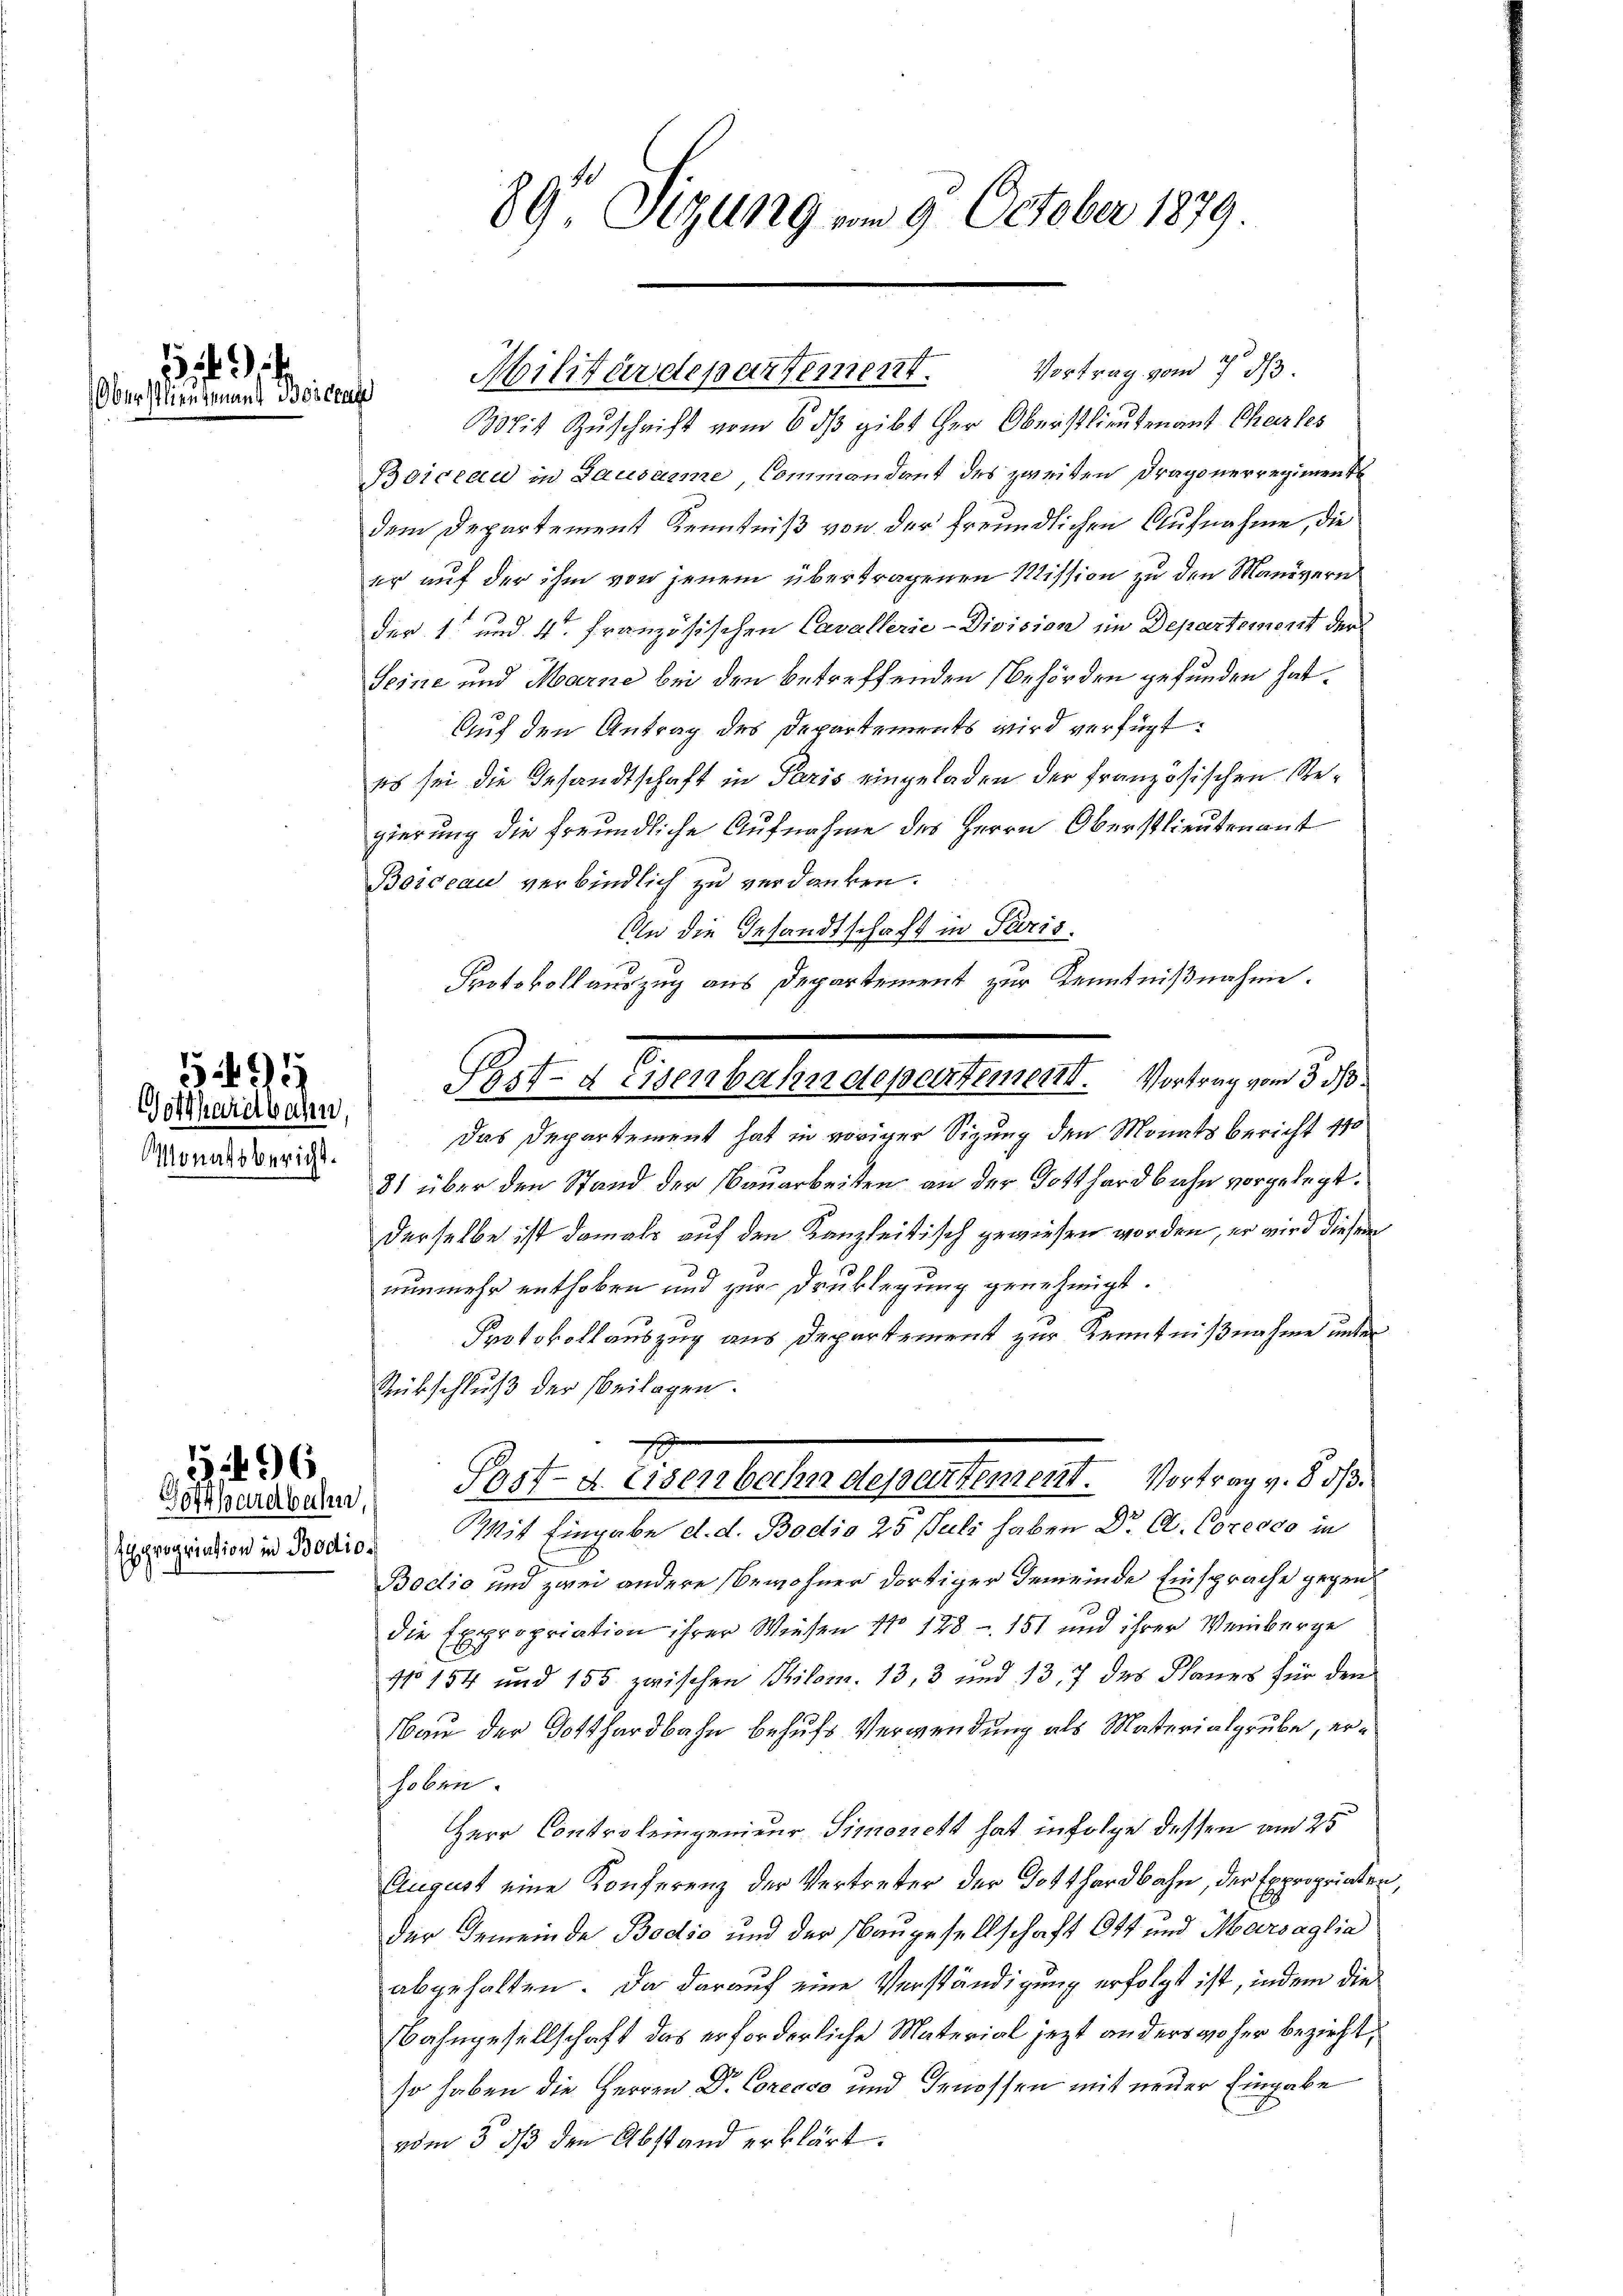
Oberstlieutenant Boscende

Gotthardbahn,
Monatsbericht.

t

594

1 696.

Vortrag vom 7. ds.
Militärdepartement.

89 Sizung am 9. October 1879.

Post- & Eisenbahndepartement. Vortrag vom 3. ds.

Mit Zuschrift vom 6. ds gibt Her Oberstlieutenant Charles
Boiceau in Dacesarme Commandant des zweiten Dragonerregiment
dem Departement Kenntniß von der freundlichen Aufnahme, die
er auf der ihm von jenem übertragenen Mission zu den Manövern
der 1 und 4. Französischen Cavallerie-Division im Departement der
Seine und Marne bei den betreffenden Behörden gefunden hat.
Auf den Antrag des Departements wird verfügt:
es sei die Gesandtschaft in Paris eingeladen der französischen Regierung die freundliche Aufnahme des Herrn Oberstlieutenant
Boideau verbindlich zu verdanken.
An die Gesandtschaft in Paris.
Protokollauszug aus Departement zur Kenntnißnahme.
Das Departement hat in voriger Sizung den Monatsbericht 110
81 über den Stand der Bauarbeiten an der Gotthardbahn vorgelegt.
derselbe ist damals auf den Kanzleitisch gewiesen worden, er wird diesem
nunmehr enthoben und zur Druklegung genehmigt.
Protokollauszug aus Departement zur Kenntnißnahme unter
Rübschluß der Beilagen.
Busserdenten Post- u. Eisenbache depentement. Vortrag v. 85.
2
oguation in Bodis Mit Eingabe d. d. Bodio 25 Juli haben D. C. Coreoco in
Bodio und zwei andere Bewohner dortiger Gemeinde Einsprache gegen
die Expropriation ihrer Wiesen No 128 - 151 und ihrer Weinberge
No 154 und 155 zwischen Pilom. 13, 3 und 13. 7 des Planes für den
Bau der Gotthardbahn behufs Verwendung als Materialgrube, erhoben.
Herr Controleingenieur Simonett hat infolge dessen am 25.
August eine Konferenz der Vertreter der Totthardbahn, der Expropriater
der Gemeinde Bodis und der Baugesellschaft Ott und Marsaglia
abgehalten. Da darauf eine Verständigung erfolgt ist, indem die
Bahngesellschaft das erforderliche Material jezt anders woher bezirkt,
so haben die Herren Dr. Coreoso und Genossen mit neuer Eingabe
vom 3. ds den Abstand erklärt.